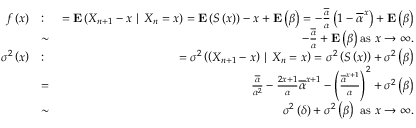
\begin{array} { r l r } { f \left( x \right) } & { : } & { = { \bf E } \left( X _ { n + 1 } - x \mid X _ { n } = x \right) = { \bf E } \left( S \left( x \right) \right) - x + { \bf E } \left( \beta \right) = - \frac { \overline { { \alpha } } } { \alpha } \left( 1 - \overline { { \alpha } } ^ { x } \right) + { \bf E } \left( \beta \right) } \\ & { \sim } & { - \frac { \overline { { \alpha } } } { \alpha } + { \bf E } \left( \beta \right) \mathrm { a s ~ } x \rightarrow \infty . } \\ { \sigma ^ { 2 } \left( x \right) } & { : } & { = \sigma ^ { 2 } \left( \left( X _ { n + 1 } - x \right) \mid X _ { n } = x \right) = \sigma ^ { 2 } \left( S \left( x \right) \right) + \sigma ^ { 2 } \left( \beta \right) } \\ & { = } & { \frac { \overline { { \alpha } } } { \alpha ^ { 2 } } - \frac { 2 x + 1 } { \alpha } \overline { { \alpha } } ^ { x + 1 } - \left( \frac { \overline { { \alpha } } ^ { x + 1 } } { \alpha } \right) ^ { 2 } + \sigma ^ { 2 } \left( \beta \right) } \\ & { \sim } & { \sigma ^ { 2 } \left( \delta \right) + \sigma ^ { 2 } \left( \beta \right) \mathrm { ~ a s ~ } x \rightarrow \infty . } \end{array}